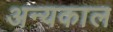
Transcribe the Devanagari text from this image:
अन्यकाल